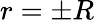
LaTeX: r=\pm R